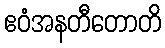
ဧဝံအနတီတောတိ